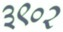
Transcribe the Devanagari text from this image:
३९०२